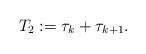
LaTeX: \begin{align*}T_2 := \tau_k + \tau_{k+1}.\end{align*}